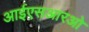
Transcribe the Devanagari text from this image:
आईएसआरओ